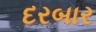
દરબાર